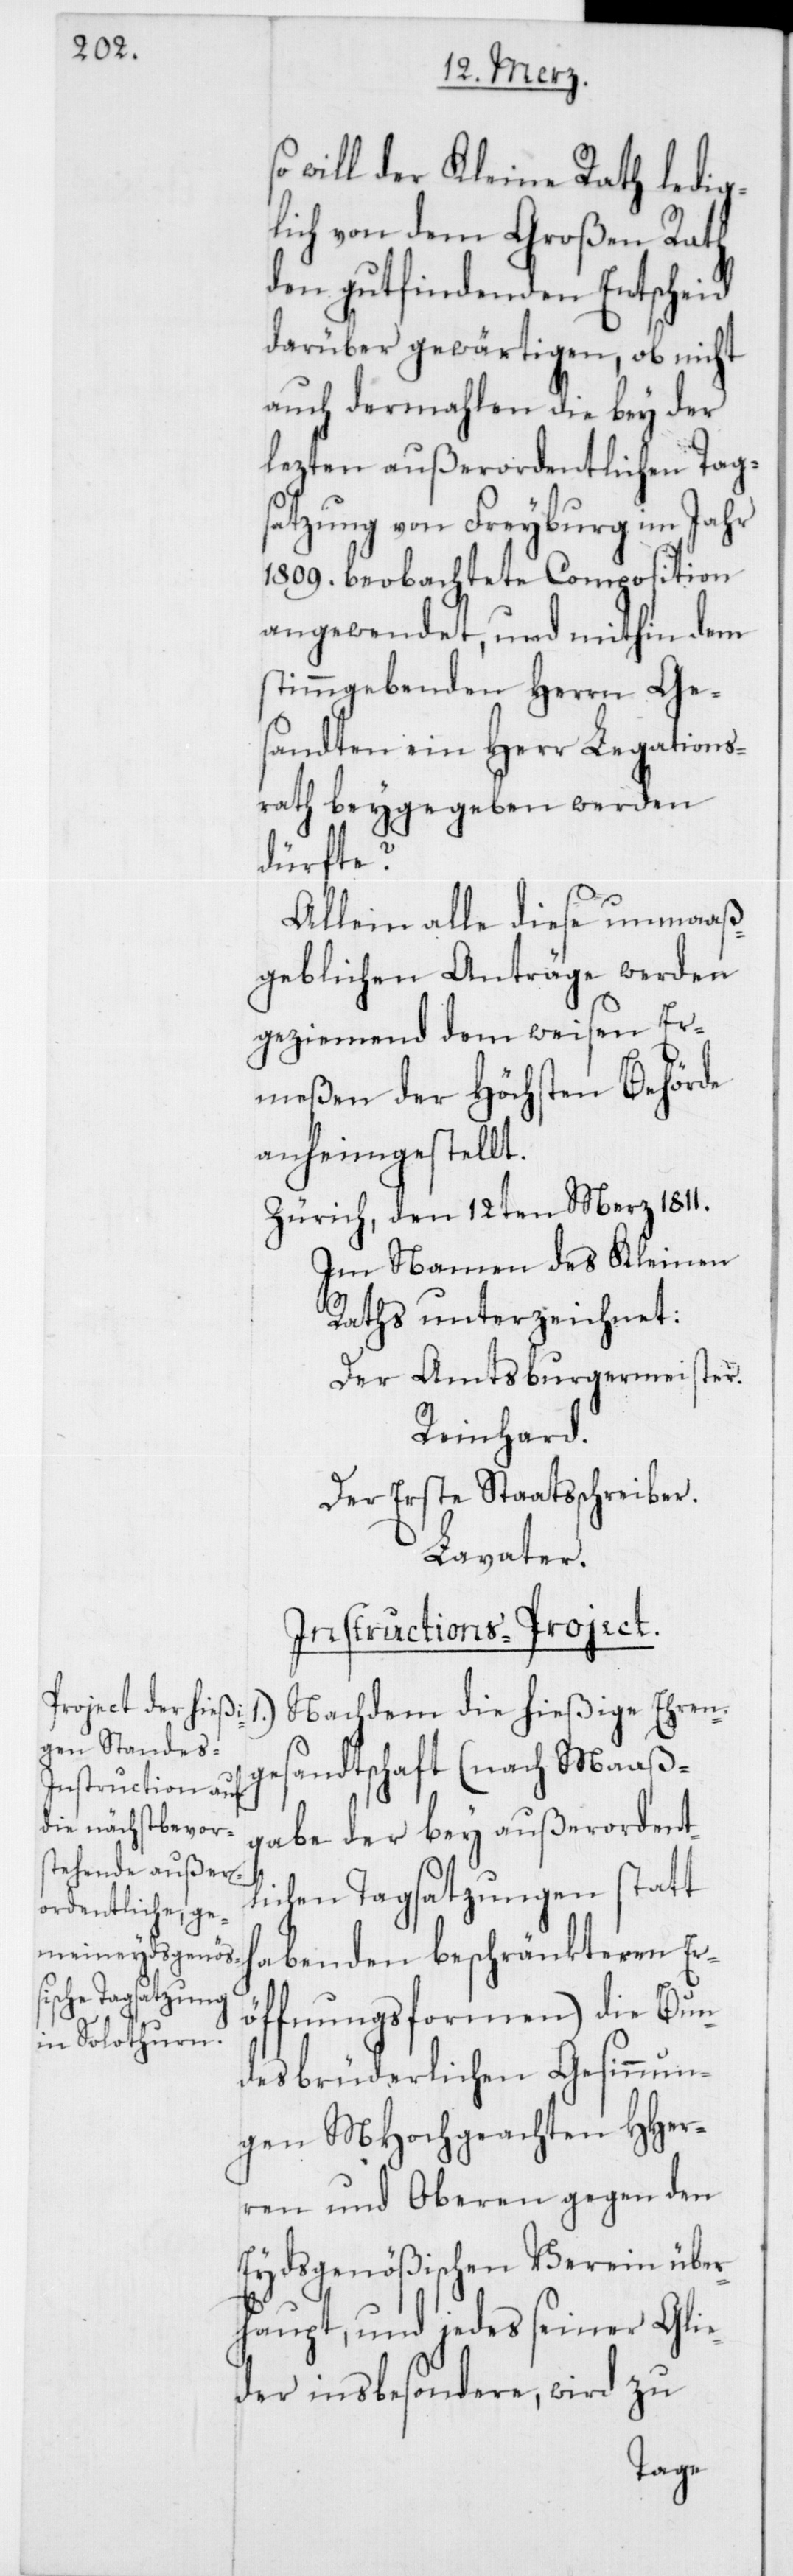
will der Kleine Rath ledig¬
lich von dem Großen Rath
den gutfindenden Entscheid
darüber gewärtigen, ob nicht
auch dermahlen die bey der
lezten außerordentlichen Tag¬
satzung von Freyburg im Jahr
1809. beobachtete Composition
angewendet, und mithin dem
stimmgebenden Herrn Ge¬
sandten ein Herr Legations¬
rath beygegeben werden
dürfte?
Allein alle diese unmaaß¬
geblichen Anträge werden
geziemend dem weisen Er¬
meßen der Höchsten Behörde
anheimgestellt.
Zürich, den 12ten Merz 1811.
Im Namen des Kleinen
Raths unterzeichnet:
Der Amtsburgermeister
Reinhard.
Der Erste Staatsschreiber
Lavater.
Instructions-Project.
Nachdem die hießige Ehren¬
gesandtschaft (nach Maaß¬
gabe der bey außerordent¬
lichen Tagsatzungen statt
habenden beschränkteren Er¬
öffnungsformen) die Bun¬
desbrüderlichen Gesinnun¬
gen MHochgeachten HHer¬
ren und Oberen gegen den
Eydsgenößischen Verein über¬
haupt, und jedes seiner Glie¬
der insbesondere, wird zu